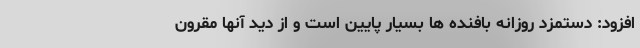
افزود: دستمزد روزانه بافنده ها بسیار پایین است و از دید آنها مقرون